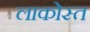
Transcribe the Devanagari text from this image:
लाकोस्त